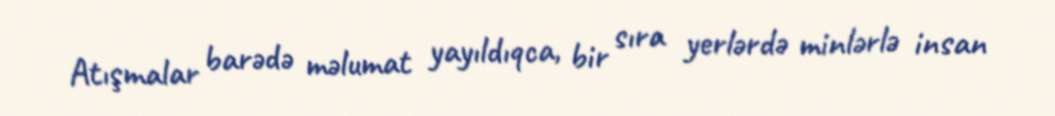
Atışmalar barədə məlumat yayıldıqca, bir sıra yerlərdə minlərlə insan